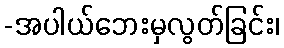
-အပါယ်ဘေးမှလွတ်ခြင်း၊